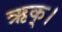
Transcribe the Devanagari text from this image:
ऋक्।